Vaccination in the Punjab 1883-1896 - 1883-1896
Year: 1883
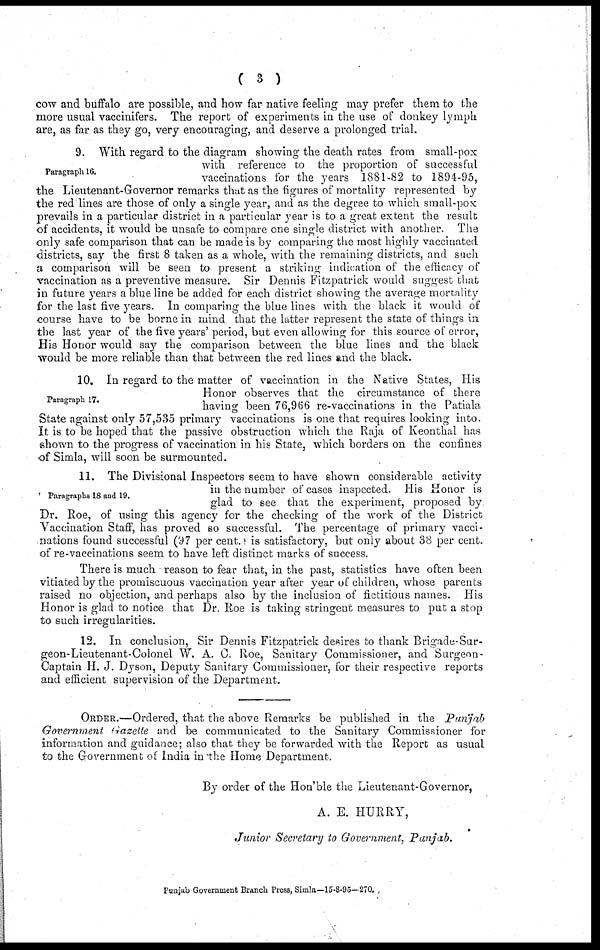
( 3 )
cow and buffalo are possible, and how far native feeling may prefer them to the
more usual vaccinifers. The report of experiments in the use of donkey lymph
are, as far as they go, very encouraging, and deserve a prolonged trial.
Paragraph 16.
9. With regard to the diagram showing the death rates from small-pox
with reference to the proportion of successful
vaccinations for the years 1881-82 to 1894-95,
the Lieutenant-Governor remarks that as the figures of mortality represented by
the red lines are those of only a single year, and as the degree to which small-pox
prevails in a particular district in a particular year is to a great extent the result
of accidents, it would be unsafe to compare one single district with another. The
only safe comparison that can be made is by comparing the most highly vaccinated
districts, say the first 8 taken as a whole, with the remaining districts, and such
a comparison will be seen to present a striking indication of the efficacy of
vaccination as a preventive measure. Sir Dennis Fitzpatrick would suggest that
in future years a blue line be added for each district showing the average mortality
for the last five years. In comparing the blue lines with the black it would of
course have to be borne in mind that the latter represent the state of things in
the last year of the five years' period, but even allowing for this source of error,
His Honor would say the comparison between the blue lines and the black
would be more reliable than that between the red lines and the black.
Paragraph 17.
10. In regard to the matter of vaccination in the Native States, His
Honor observes that the circumstance of there
having been 76,966 re-vaccinations in the Patiala
State against only 57,535 primary vaccinations is one that requires looking into.
It is to be hoped that the passive obstruction which the Raja of Keonthal has
shown to the progress of vaccination in his State, which borders on the confines
of Simla, will soon be surmounted.
Paragraphs 18 and 19.
11. The Divisional Inspectors seem to have shown considerable activity
in the number of cases inspected. His Honor is
glad to see that the experiment, proposed by
Dr. Roe, of using this agency for the checking of the work of the District
Vaccination Staff, has proved so successful. The percentage of primary vacci-
nations found successful (97 per cent.) is satisfactory, but only about 38 per cent.
of re-vaccinations seem to have left distinct marks of success.
There is much reason to fear that, in the past, statistics have often been
vitiated by the promiscuous vaccination year after year of children, whose parents
raised no objection, and perhaps also by the inclusion of fictitious names. His
Honor is glad to notice that Dr. Roe is taking stringent measures to put a stop
to such irregularities.
12. In conclusion, Sir Dennis Fitzpatrick desires to thank Brigade-Sur-
geon-Lieutenant-Colonel W. A. C. Roe, Sanitary Commissioner, and Surgeon-
Captain H. J. Dyson, Deputy Sanitary Commissioner, for their respective reports
and efficient supervision of the Department.
ORDER.—Ordered, that the above Remarks be published in the
Punjab
Government Gazette and be communicated to the Sanitary Commissioner for
information and guidance; also that they be forwarded with the Report as usual
to the Government of India in the Home Department.
By order of the Hon'ble the Lieutenant-Governor,
A. E. HURRY,
Junior Secretary to Government, Punjab.
Punjab Government Branch Press, Simla—15-8-95— 270.